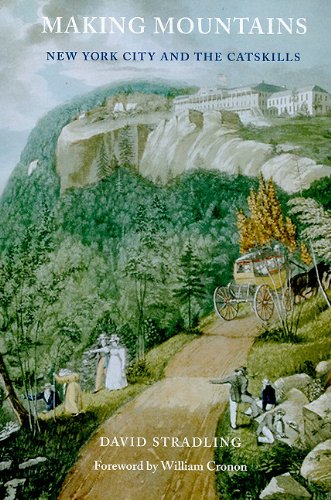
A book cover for Making Mountains: New York City and the Catskills (Weyerhaeuser Environmental Books); David Stradling; Science & Math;